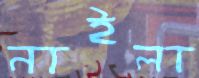
নাইলা